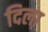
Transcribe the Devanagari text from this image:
दिला़